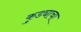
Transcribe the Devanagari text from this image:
कुड्याचा